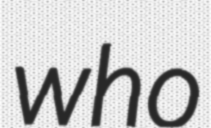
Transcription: who